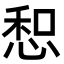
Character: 惒